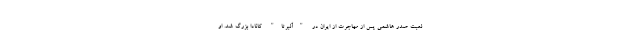
لعبت صدر هاشمی پس از مهاجرت از ایران در "آلبرتا" کانادا بزرگ شد. او